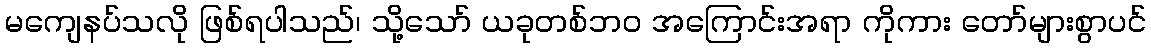
မကျေနပ်သလို ဖြစ်ရပါသည်၊ သို့သော် ယခုတစ်ဘဝ အကြောင်းအရာ ကိုကား တော်များစွာပင်